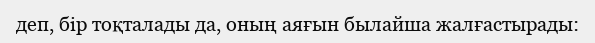
деп, бір тоқталады да, оның аяғын былайша жалғастырады: